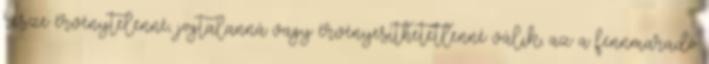
része érvénytelenné, jogtalanná vagy érvényesíthetetlenné válik, az a fennmaradó